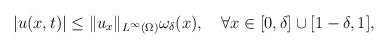
\begin{align*}|u(x,t)|\leq \|u_x\|_{L^\infty(\Omega)}\omega_\delta (x),\quad\forall x\in [0, \delta]\cup[1-\delta,1],\\\end{align*}